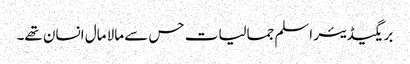
بریگیڈیئر اسلم جمالیات حس سے مالا مال انسان تھے۔